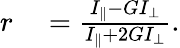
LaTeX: \begin{array}{rl}{r}&{{}=\frac{I_{\parallel}-GI_{\perp}}{I_{\parallel}+2GI_{\perp}}.}\end{array}